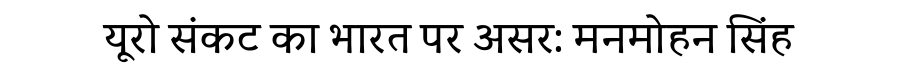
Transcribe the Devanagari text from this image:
यूरो संकट का भारत पर असर: मनमोहन सिंह